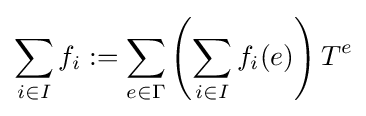
\sum _{i\in I}f_{i}:=\sum \limits _{e\in \Gamma }\left(\sum _{i\in I}f_{i}(e)\right)T^{e}